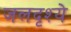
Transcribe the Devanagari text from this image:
जलदृश्ये